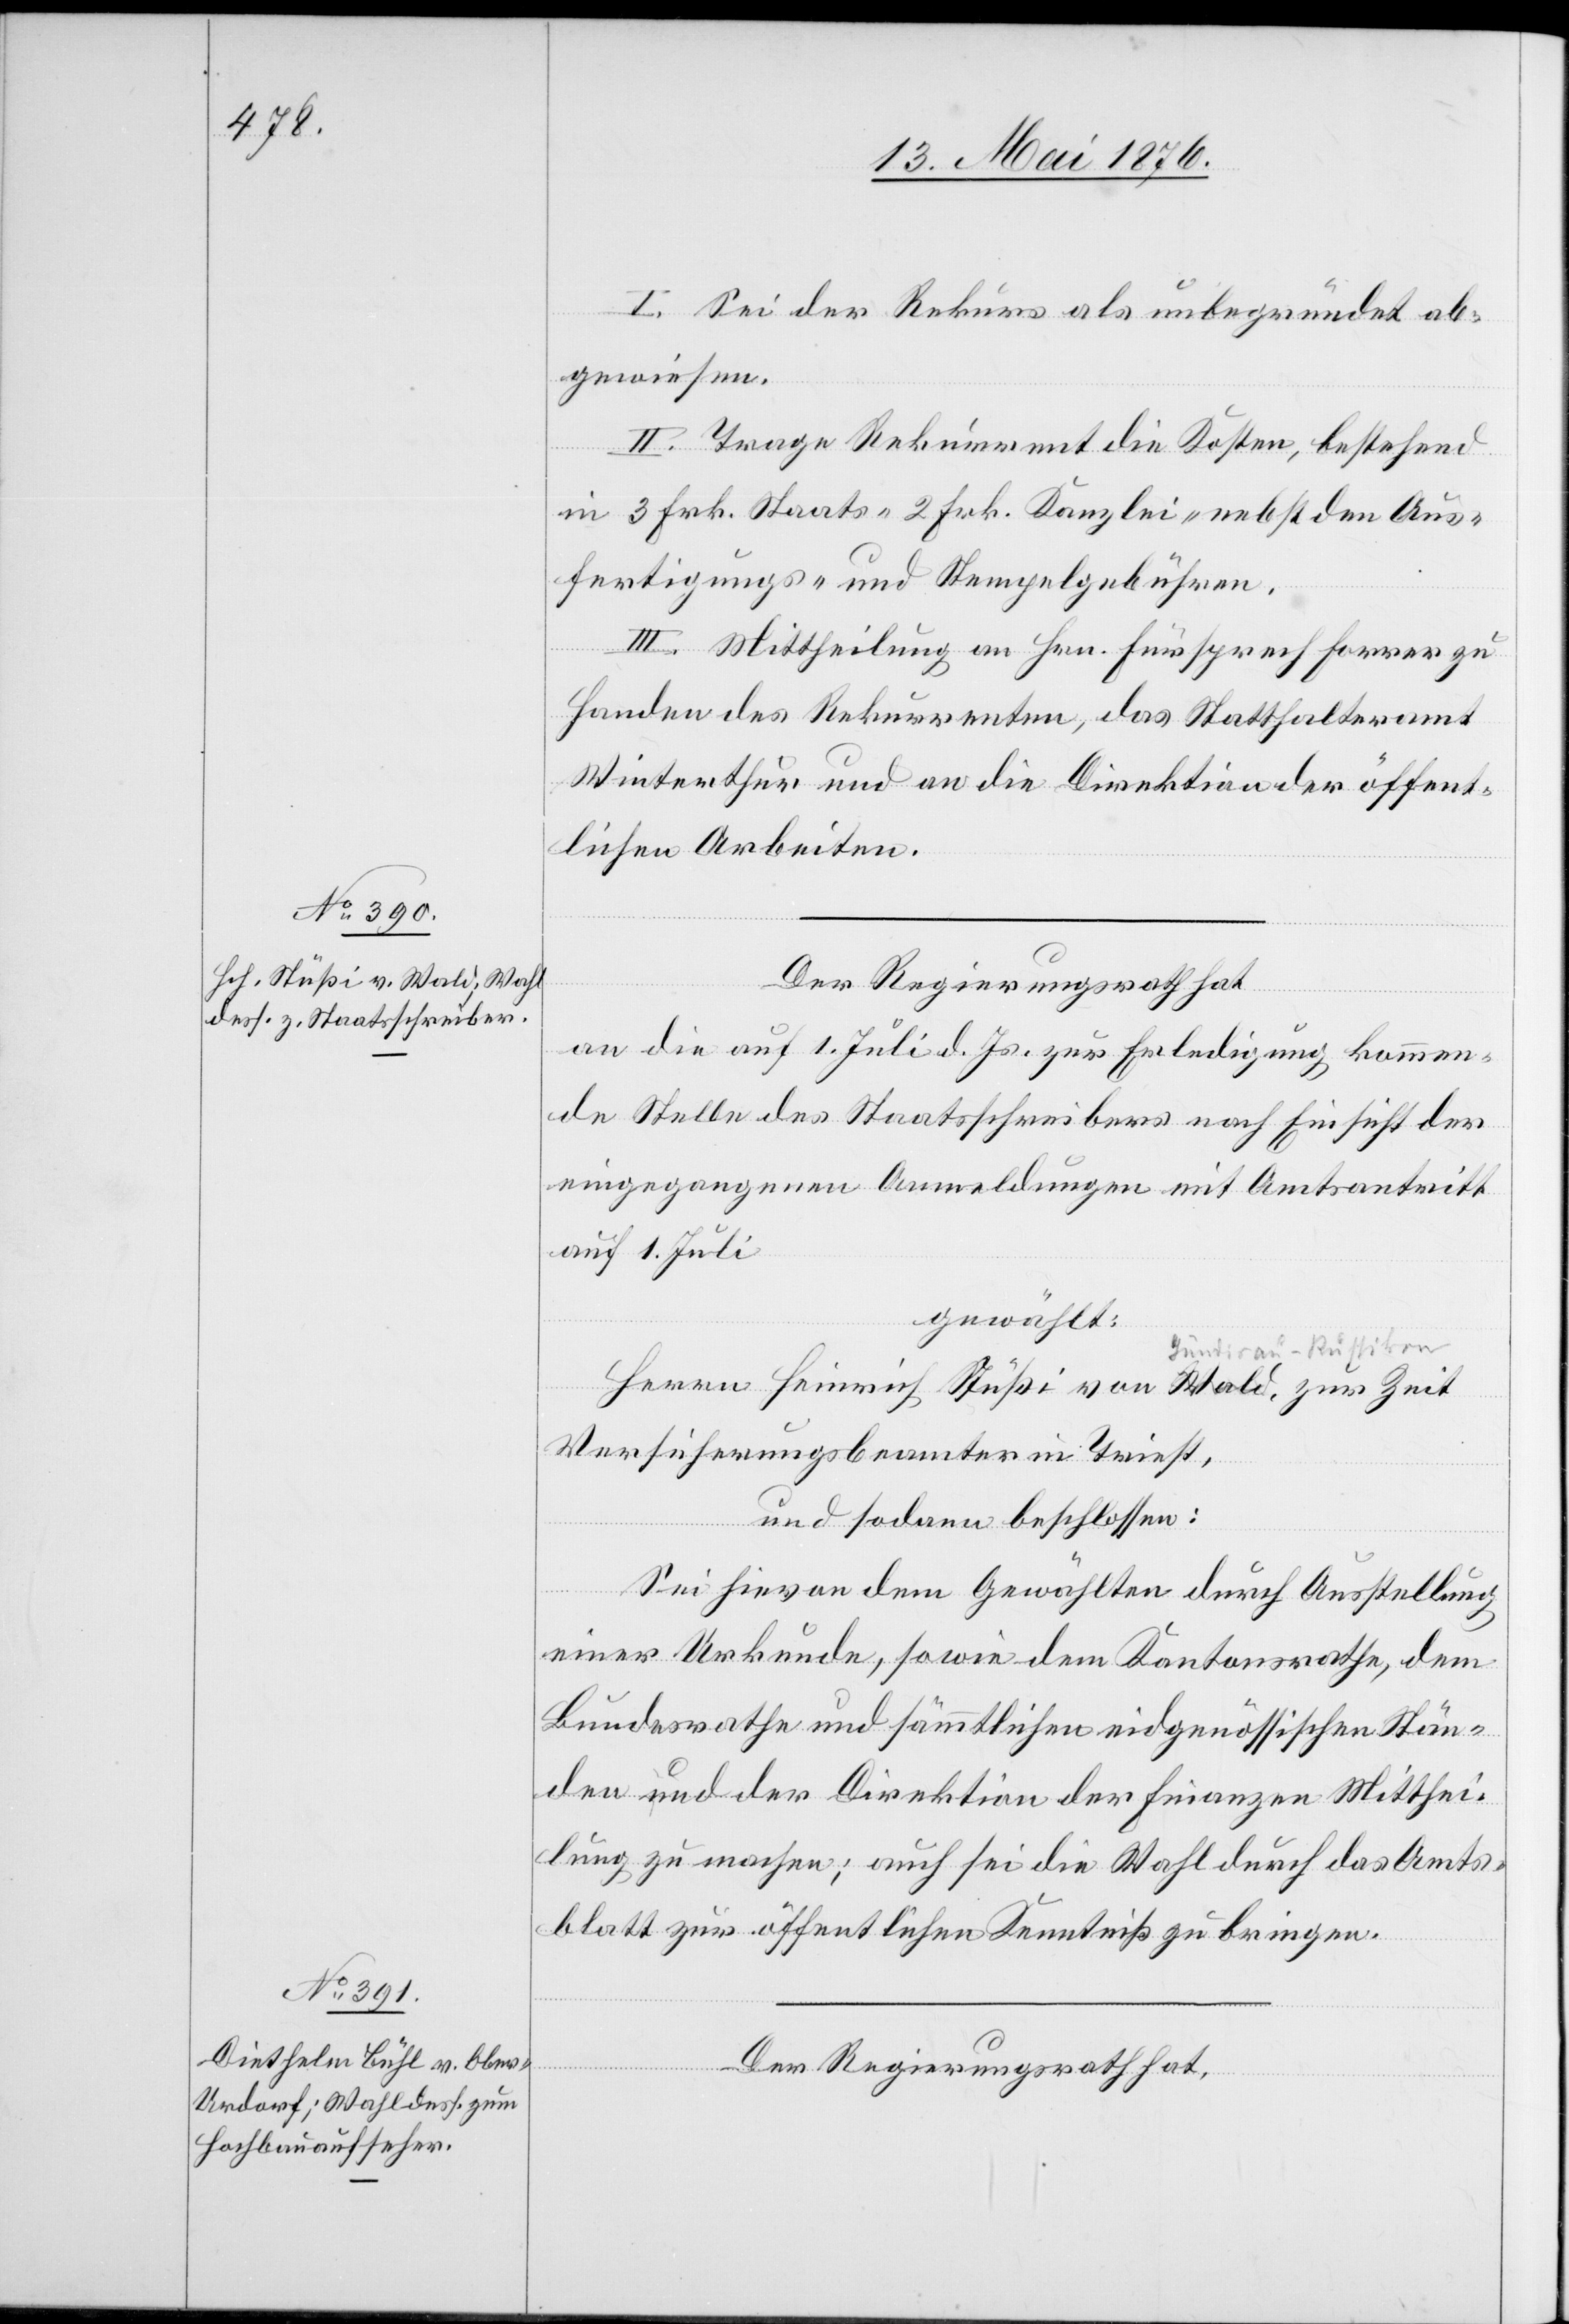
I. Sei der Rekurs al unbegründet ab¬
gewiesen.
II.Trage Rekurrent die Kosten, bestehend
in 3 Frk. Staats- 2 Frk. Kanzlei- nebst den Aus¬
fertigungs- und Stempelgebühren.
III. Mittheilung an Hrn. Fürsprech Forrer zu
Handen des Rekurrenten, das Statthalteramt
Winterthur und an die Direktion der öffent¬
lichen Arbeiten.
Der Regierungsrath hat
an die auf 1. Juli d. Js. zur Erledigung kommen¬
de Stelle des Staatschreibers nach Einsicht der
eingegangenen Anmeldungen mit Amtsantritt
auf 1. Juli
gewählt:
Herrn Heinrich Stüßi von a-Wald Gündisau-a, zur Zeit
Versicherungsbeamter in Triest,
und sodann beschlossen:
Sei hievon dem Gewählten durch Ausstellung
einer Urkunde, sowie dem Kantonsrathe, dem
Bundesrathe und sämmtlichen eidgenössischen Stän¬
den und der Direktion der Finanzen Mitthei¬
lung zu machen; auch sei die Wahl durch das Amts¬
blatt zur öffentlichen Kenntniß zu bringen.
Der Regierungsrath hat,